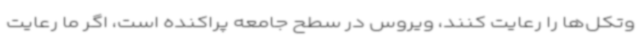
وتکل‌ها را رعایت کنند، ویروس در سطح جامعه پراکنده است، اگر ما رعایت